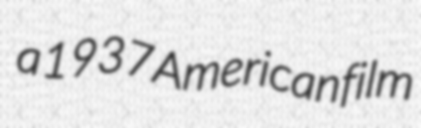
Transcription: a 1937 American film